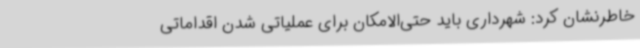
خاطرنشان کرد: شهرداری‌ باید حتی‌الامکان برای عملیاتی شدن اقداماتی